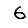
Digit: 6